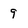
Character: 9